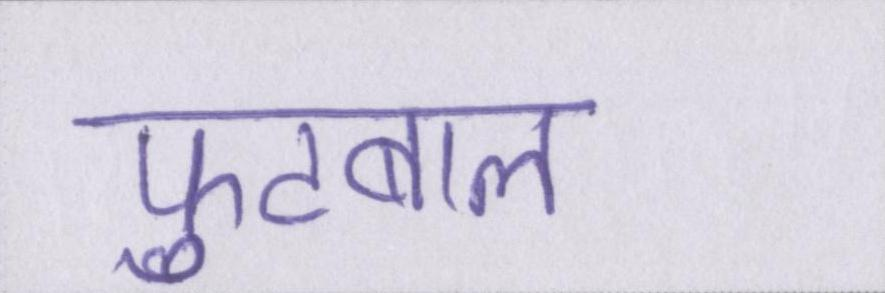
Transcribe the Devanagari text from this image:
फुटबाल